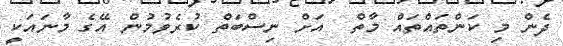
ދެން މި ކަންތައްތައް މާތް  އަށް ނިސްބަތް ކުރެވުމުން އޭގެ މާނައަކީ